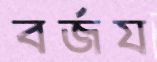
বর্জয